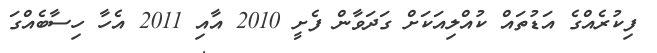
ފިކުރެއްގެ އަޑުތައް ކުއްލިއަކަށް ގަދަވާން ފެށީ 2010 އާއި 2011 އެހާ ހިސާބެއްގަ